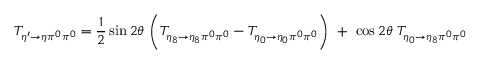
T _ { \eta ^ { \prime } \rightarrow \eta \pi ^ { 0 } \pi ^ { 0 } } = \frac { 1 } { 2 } \sin { 2 \theta } \ \biggl ( T _ { \eta _ { 8 } \rightarrow \eta _ { 8 } \pi ^ { 0 } \pi ^ { 0 } } - T _ { \eta _ { 0 } \rightarrow \eta _ { 0 } \pi ^ { 0 } \pi ^ { 0 } } \biggr ) \ + \ \cos 2 \theta \ T _ { \eta _ { 0 } \rightarrow \eta _ { 8 } \pi ^ { 0 } \pi ^ { 0 } }